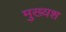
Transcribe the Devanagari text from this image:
मुख्यश